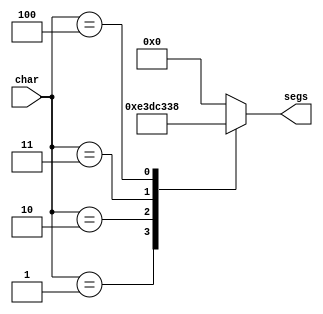
/*
   This file was generated automatically by the Mojo IDE version B1.3.6.
   Do not edit this file directly. Instead edit the original Lucid source.
   This is a temporary file and any changes made to it will be destroyed.
*/

module char_4 (
    input [3:0] char,
    output reg [6:0] segs
  );
  
  
  
  always @* begin
    
    case (char)
      1'h0: begin
        segs = 7'h00;
      end
      1'h1: begin
        segs = 7'h71;
      end
      2'h2: begin
        segs = 7'h77;
      end
      2'h3: begin
        segs = 7'h06;
      end
      3'h4: begin
        segs = 7'h38;
      end
      default: begin
        segs = 7'h00;
      end
    endcase
  end
endmodule